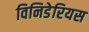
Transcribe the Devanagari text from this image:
विनिडेरियस